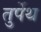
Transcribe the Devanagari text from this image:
तुर्पेथ